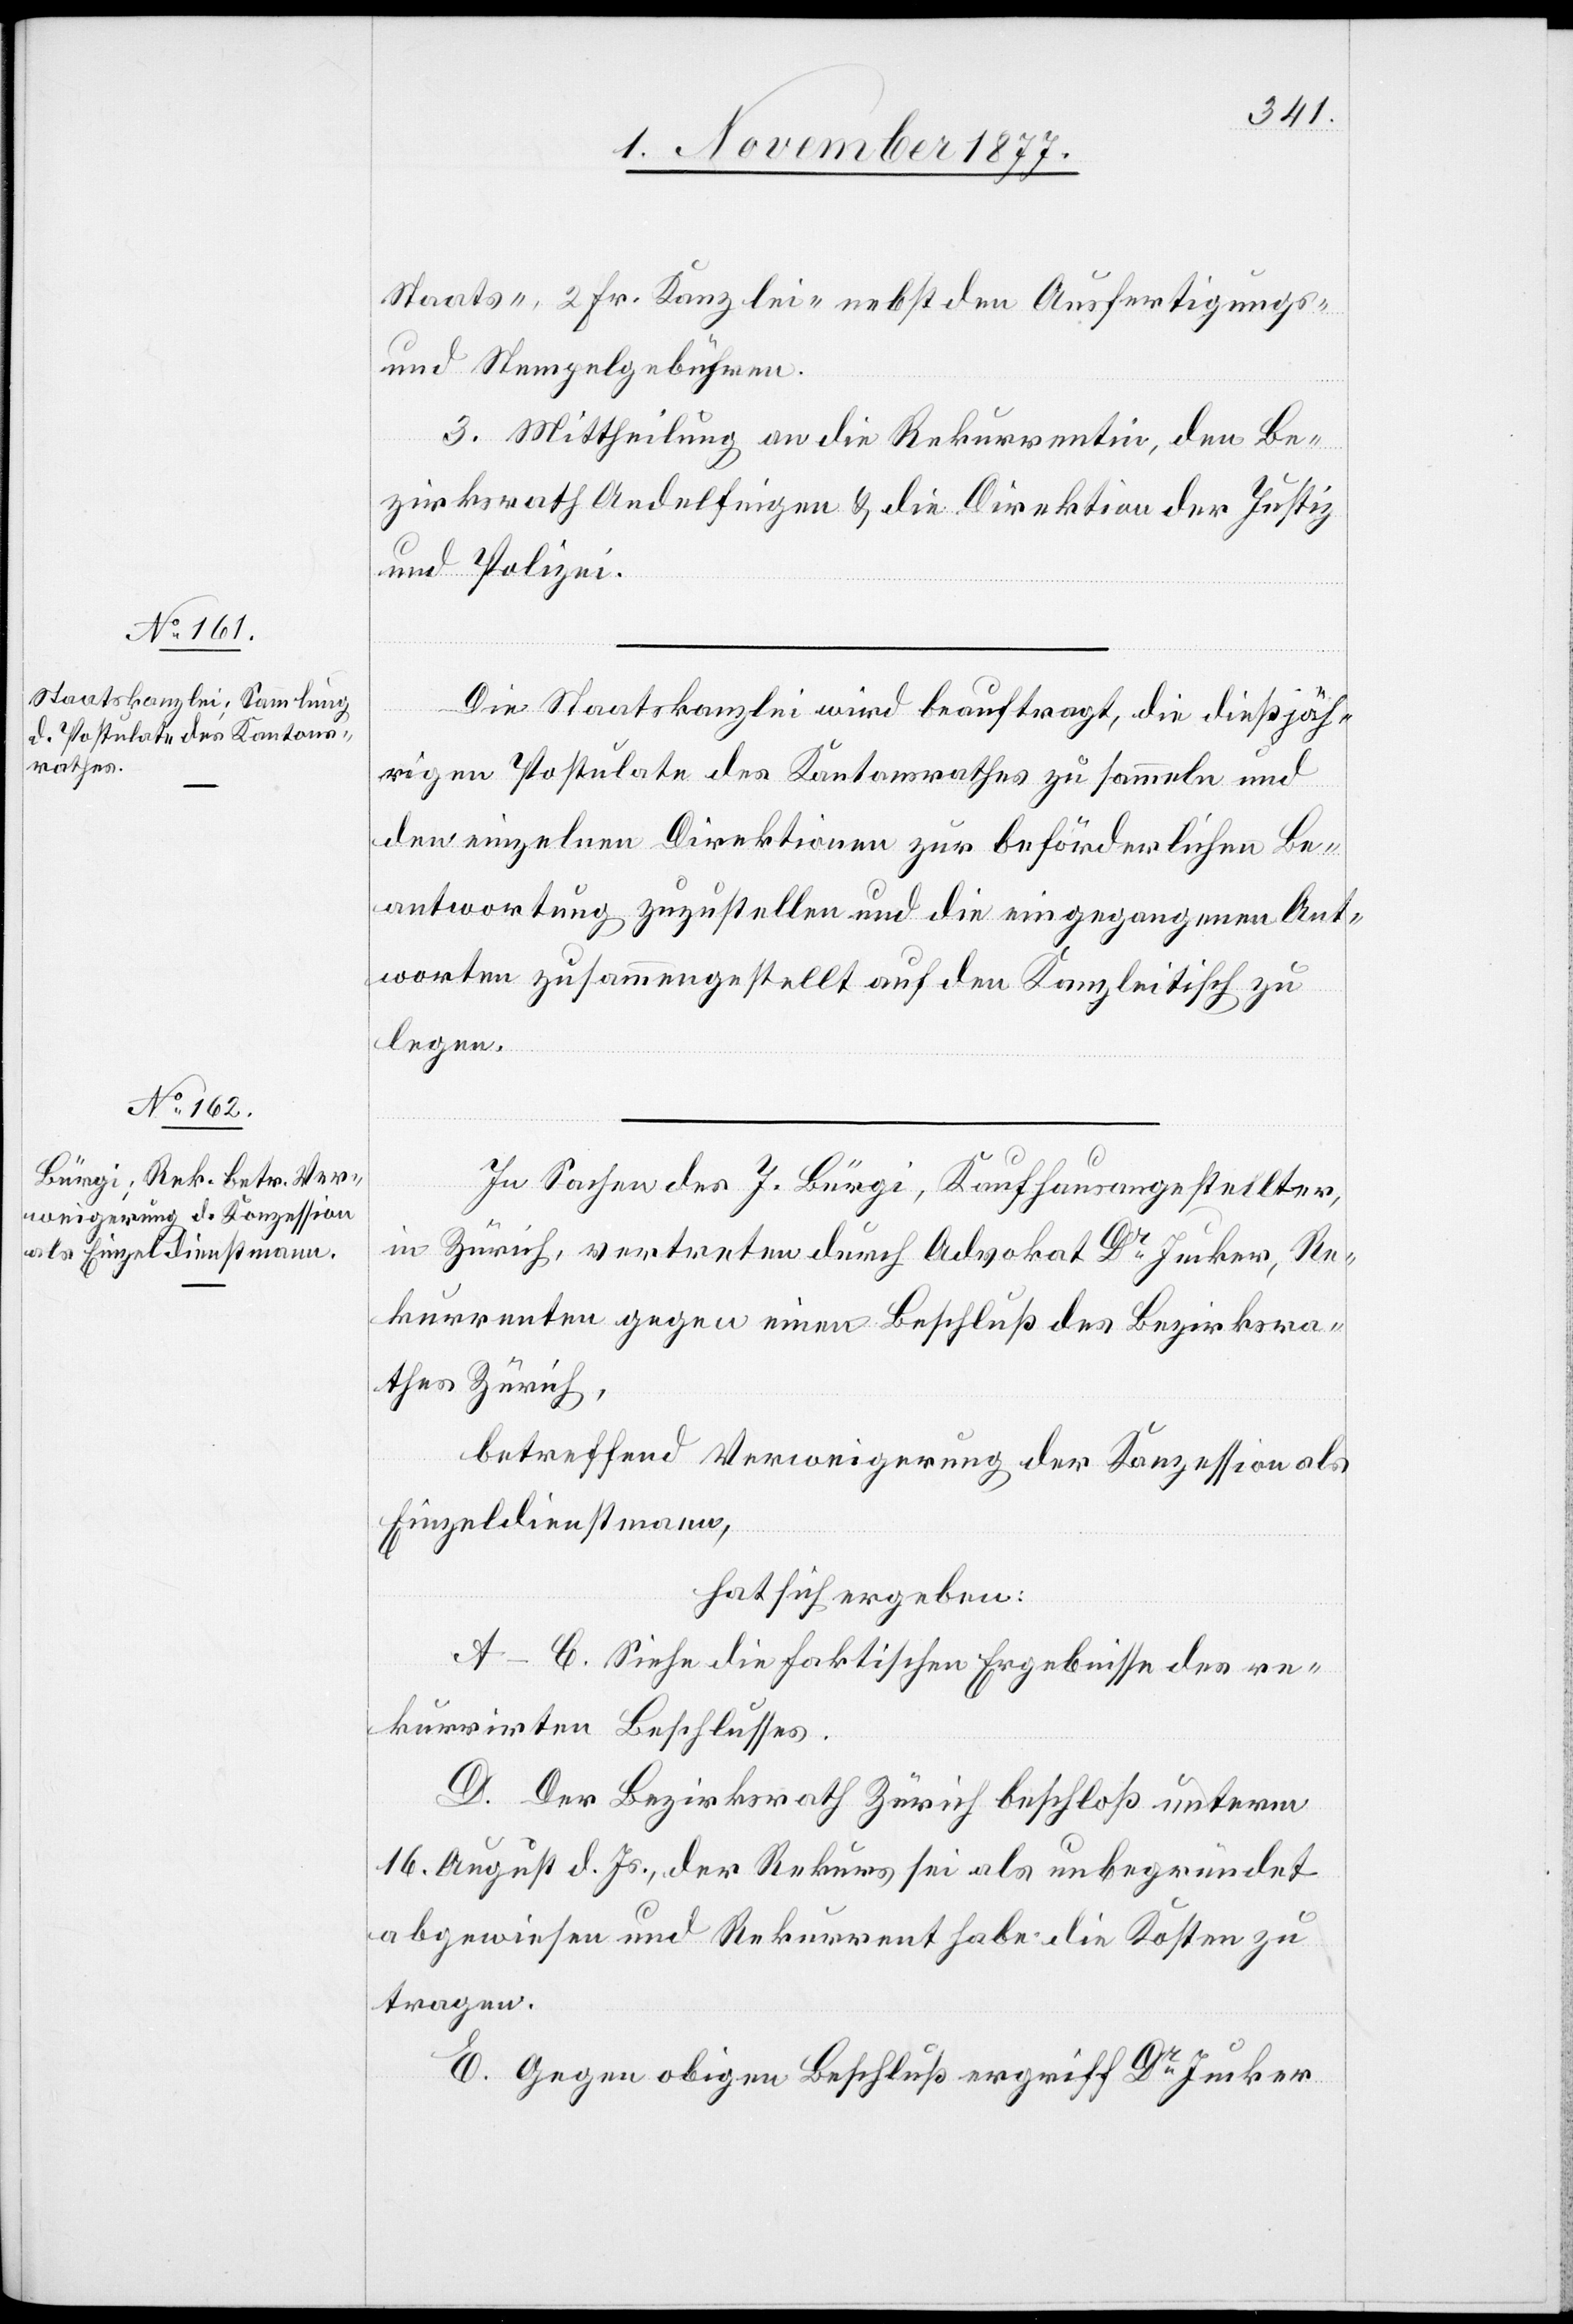
Staats-, 2 Fr. Kanzlei-[,] nebst den Ausfertigungs-
und Stempelgebühren.
3. Mittheilung an die Rekurrentin, den Be¬
zirksrath Andelfingen & die Direktion der Justiz
und Polizei.
Die Staatskanzlei wird beauftragt, die dießjäh¬
rigen Postulate des Kantonsrathes zu sammeln und
den einzelnen Direktionen zur beförderlichen Be¬
antwortung zuzustellen und die eingegangenen Ant¬
worten zusammengestellt auf den Kanzleitisch zu
legen.
In Sachen des J. Bürgi, Kaufhausangestellter,
in Zürich, vertreten durch Advokat Dr Jucker, Re¬
kurrenten gegen einen Beschluß des Bezirksra¬
thes Zürich,
betreffend Verweigerung der Konzession als
Einzeldienstmann,
hat sich ergeben:
A–C. Siehe die faktischen Ergebnisse des re¬
kurrirten Beschlusses.
D. Der Bezirksrath Zürich beschloß unterm
16. August d. Js., der Rekurs sei als unbegründet
abgewiesen und Rekurrent habe die Kosten zu
tragen.
E. Gegen obigen Beschluß ergriff Dr Jucker